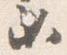
必